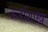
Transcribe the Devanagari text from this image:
ऊर्जाशास्त्र